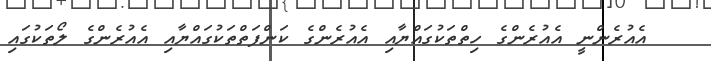
އެއުރެންނީ އެއުރެންގެ ހިތްތަކުގައްޔާއި އެއުރެންގެ ކަންފަތްތަކުގައްޔާއި އެއުރެންގެ ލޯތަކުގައި